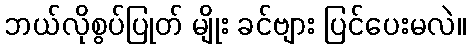
ဘယ်လိုစွပ်ပြုတ် မျိုး ခင်ဗျား ပြင်ပေးမလဲ။